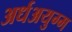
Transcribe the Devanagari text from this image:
अर्धअयुग्म